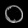
Digit: ၀